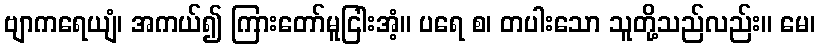
ဗျာကရေယျံ၊ အကယ်၍ ကြားတော်မူငြါးအံ့။ ပရေ စ၊ တပါးသော သူတို့သည်လည်း။ မေ၊